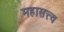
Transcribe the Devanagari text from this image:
महासत्त्व